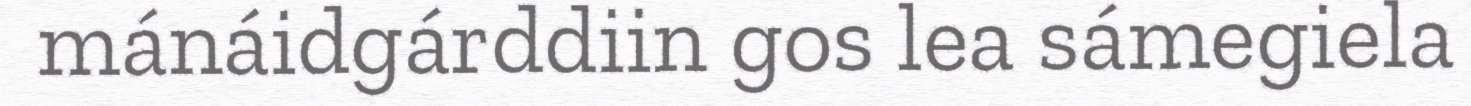
mánáidgárddiin gos lea sámegiela